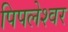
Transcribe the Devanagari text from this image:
पिपलेश्वर